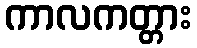
ကာလကတ္တား